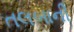
તલબાની